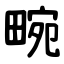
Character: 畹